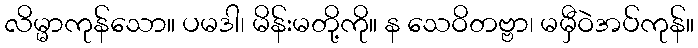
လိမ္မာကုန်သော။ ပမဒါ၊ မိန်းမတို့ကို။ န သေဝိတဗ္ဗာ၊ မမှီဝဲအပ်ကုန်။